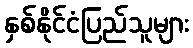
နှစ်နိုင်ငံပြည်သူများ